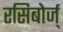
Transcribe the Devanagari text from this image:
रसिबोर्ज्